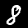
Label: 8